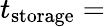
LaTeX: t_{\mathrm{storage}}=